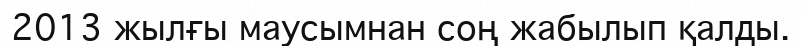
2013 жылғы маусымнан соң жабылып қалды.